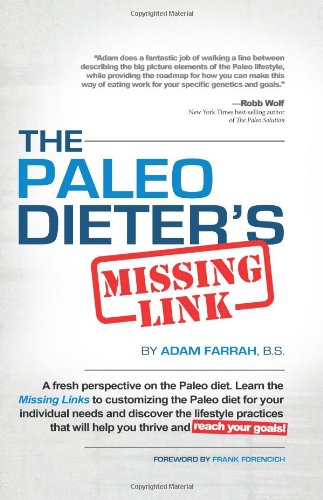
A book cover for The Paleo Dieter's Missing Link: The Complete, Practical Guide To Living The Paleo Diet; Adam Farrah; Health, Fitness & Dieting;